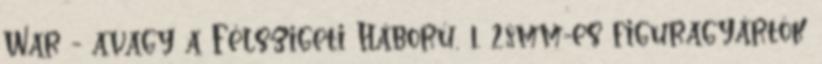
War - avagy a Félszigeti Háború, 1. 28mm-es figuragyártók